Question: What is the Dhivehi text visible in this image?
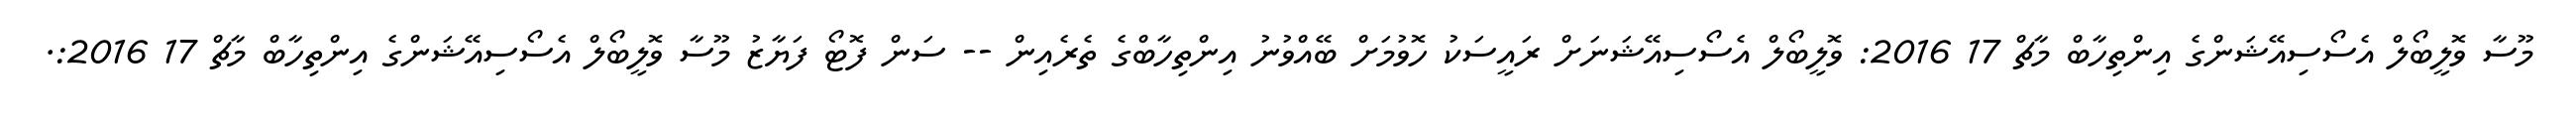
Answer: މޫސާ ވޮލީބޯލް އެސޯސިއޭޝަންގެ އިންތިހާބް މާޗް 17 2016: ވޮލީބޯލް އެސޯސިއޭޝަނަށް ރައީސަކު ހޮވުމަށް ބޭއްވުނު އިންތިހާބްގެ ތެރެއިން -- ސަން ފޮޓޯ ފަޔާޒު މޫސާ ވޮލީބޯލް އެސޯސިއޭޝަންގެ އިންތިހާބް މާޗް 17 2016:.